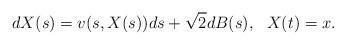
LaTeX: \begin{align*}dX(s) = v(s,X(s))ds + \sqrt{2}dB(s), ~~ X(t) = x.\end{align*}